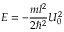
E = - \frac { m l ^ { 2 } } { 2 \hbar ^ { 2 } } U _ { 0 } ^ { 2 }